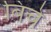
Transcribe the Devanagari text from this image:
बिचे